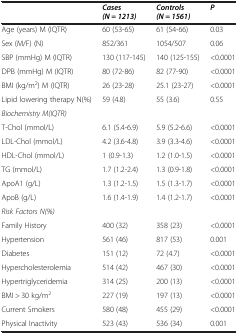
<table><thead><tr><td><b> </b></td><td><b><i>Cases (N = 1213)</i></b></td><td><b><i>Controls (N = 1561)</i></b></td><td><b><i>P</i></b></td></tr></thead><tbody><tr><td>Age (years) M (IQTR)</td><td>60 (53-65)</td><td>61 (54-66)</td><td>0.03</td></tr><tr><td>Sex (M/F) (N)</td><td>852/361</td><td>1054/507</td><td>0.06</td></tr><tr><td>SBP (mmHg) M (IQTR)</td><td>130 (117-145)</td><td>140 (125-155)</td><td>&lt;0.0001</td></tr><tr><td>DPB (mmHg) M (IQTR)</td><td>80 (72-86)</td><td>82 (77-90)</td><td>&lt;0.0001</td></tr><tr><td>BMI (kg/m<sup>2</sup>) M (IQTR)</td><td>26 (23-28)</td><td>25.1 (23-27)</td><td>&lt;0.0001</td></tr><tr><td>Lipid lowering therapy N(%)</td><td>59 (4.8)</td><td>55 (3.6)</td><td>0.55</td></tr><tr><td><i>Biochemistry M(IQTR)</i></td><td> </td><td> </td><td> </td></tr><tr><td>T-Chol (mmol/L)</td><td>6.1 (5.4-6.9)</td><td>5.9 (5.2-6.6)</td><td>&lt;0.0001</td></tr><tr><td>LDL-Chol (mmol/L)</td><td>4.2 (3.6-4.8)</td><td>3.9 (3.3-4.6)</td><td>&lt;0.0001</td></tr><tr><td>HDL-Chol (mmol/L)</td><td>1 (0.9-1.3)</td><td>1.2 (1.0-1.5)</td><td>&lt;0.0001</td></tr><tr><td>TG (mmol/L)</td><td>1.7 (1.2-2.4)</td><td>1.3 (0.9-1.8)</td><td>&lt;0.0001</td></tr><tr><td>ApoA1 (g/L)</td><td>1.3 (1.2-1.5)</td><td>1.5 (1.3-1.7)</td><td>&lt;0.0001</td></tr><tr><td>ApoB (g/L)</td><td>1.6 (1.4-1.9)</td><td>1.4 (1.2-1.7)</td><td>&lt;0.0001</td></tr><tr><td><i>Risk Factors N(%)</i></td><td> </td><td> </td><td> </td></tr><tr><td>Family History</td><td>400 (32)</td><td>358 (23)</td><td>&lt;0.0001</td></tr><tr><td>Hypertension</td><td>561 (46)</td><td>817 (53)</td><td>0.001</td></tr><tr><td>Diabetes</td><td>151 (12)</td><td>72 (4.7)</td><td>&lt;0.0001</td></tr><tr><td>Hypercholesterolemia</td><td>514 (42)</td><td>467 (30)</td><td>&lt;0.0001</td></tr><tr><td>Hypertriglyceridemia</td><td>314 (25)</td><td>200 (13)</td><td>&lt;0.0001</td></tr><tr><td>BMI &gt; 30 kg/m<sup>2</sup></td><td>227 (19)</td><td>197 (13)</td><td>&lt;0.0001</td></tr><tr><td>Current Smokers</td><td>580 (48)</td><td>455 (29)</td><td>&lt;0.0001</td></tr><tr><td>Physical Inactivity</td><td>523 (43)</td><td>536 (34)</td><td>0.001</td></tr></tbody></table>